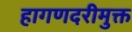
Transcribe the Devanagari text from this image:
हागणदरीमुक्त